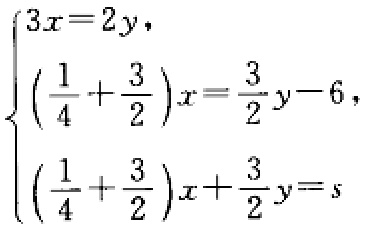
\[\begin{cases}

3x = 2y,\\

(\frac{1}{4}+\frac{3}{2})x=\frac{3}{2}y - 6,\\

(\frac{1}{4}+\frac{3}{2})x+\frac{3}{2}y = s

\end{cases}\]